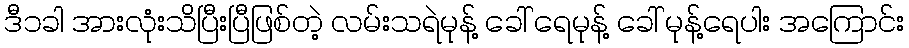
ဒီ၁ခါ အားလုံးသိပြီးပြီဖြစ်တဲ့ လမ်းသရဲမုန့် ခေါ် ရေမုန့် ခေါ် မုန့်ရေပါး အကြောင်း